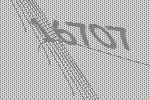
16707